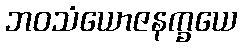
ဘဝသံယောဇနက္ခယေ